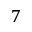
7